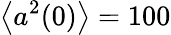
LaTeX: \left\langle a^{2}(0)\right\rangle=100